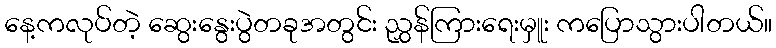
နေ့ကလုပ်တဲ့ ဆွေးနွေးပွဲတခုအတွင်း ညွှန်ကြားရေးမှူး ကပြောသွားပါတယ်။